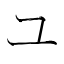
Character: ユ